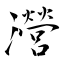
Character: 瀯